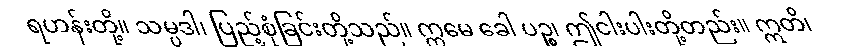
ရဟန်းတို့။ သမ္ပဒါ၊ ပြည့်စုံခြင်းတို့သည်။ ဣမေ ခေါ ပဉ္စ၊ ဤငါးပါးတို့တည်း။ ဣတိ၊